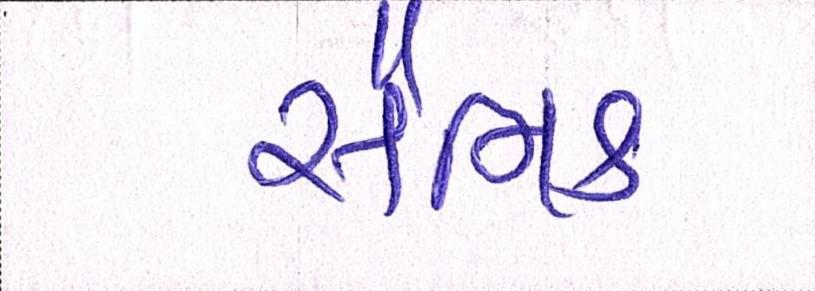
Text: સૈનિકે